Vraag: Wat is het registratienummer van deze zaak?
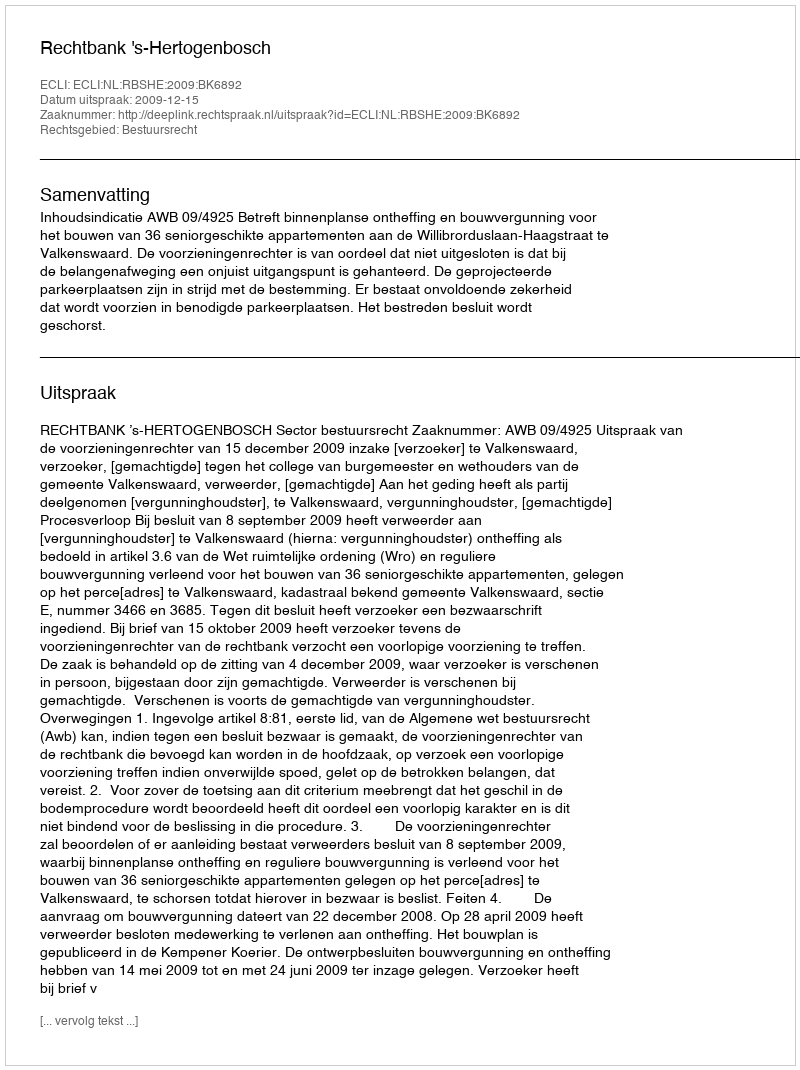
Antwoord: http://deeplink.rechtspraak.nl/uitspraak?id=ECLI:NL:RBSHE:2009:BK6892